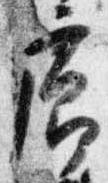
廊